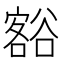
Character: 𮙐